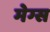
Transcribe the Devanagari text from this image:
मेग्स